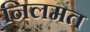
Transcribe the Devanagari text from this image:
निलमत